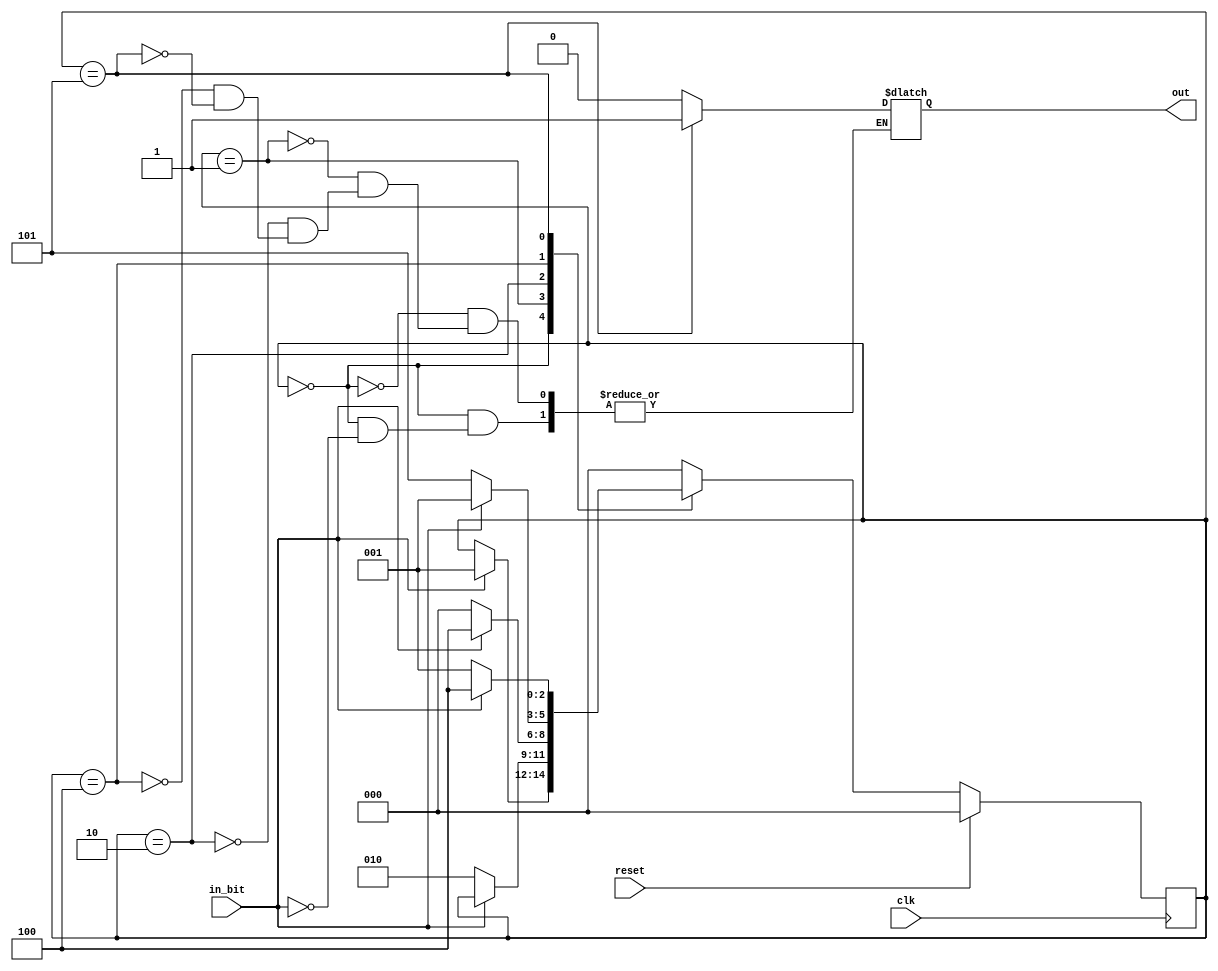
`timescale 1ns / 1ps
//////////////////////////////////////////////////////////////////////////////////
// Company: 
// Engineer: 
// 
// Design Name: 
// Module Name: moore_detector_1010
// Project Name: 
// Target Devices: 
// Tool Versions: 
// Description: 
// 
// Dependencies: 
// 
// Revision:
// Revision 0.01 - File Created
// Additional Comments:
// 
//////////////////////////////////////////////////////////////////////////////////


module moore_detector_1010(
input in_bit,clk,reset,
output reg out);

reg [2:0] cs, ns;

parameter S0 = 3'b000,
          S1 = 3'b001,
          S2 = 3'b010,
          S3 = 3'b100,
          S4 = 3'b101;
          
always@(posedge clk)
          begin
                    if (reset)
                    cs <= S0;
                    else
                      cs <= ns;
          end
                   

always @(cs or in_bit)
 begin
 case (cs)
   S0: if (in_bit == 1'b1)
          begin
         ns = S1;
          out=1'b0;
          end
      else ns = cs;
   S1: if (in_bit == 1'b0)
          begin
        ns = S2;
          out=1'b0;
          end
       else
          begin
          ns = cs;
          out=1'b0;
          end
   S2: if (in_bit == 1'b1)
          begin
         ns = S3;
          out=1'b0;
          end    
            else
          begin
          ns = S0;
          out=1'b0;
          end
   S3: if (in_bit == 1'b0)
          begin
         ns = S4;
          out=1'b0;
          end
       else
          begin
          ns = S1;
          out=1'b0;
          end
S4: if (in_bit == 1'b0)
          begin
         ns = S1;
          out=1'b1;
          end
          else
          begin
          ns = S3;
          out=1'b1;
          end
   default: ns = S0;
  endcase
end

endmodule